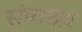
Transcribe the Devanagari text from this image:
संपाठय़